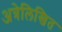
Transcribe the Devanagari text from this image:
अत्रेलिखित